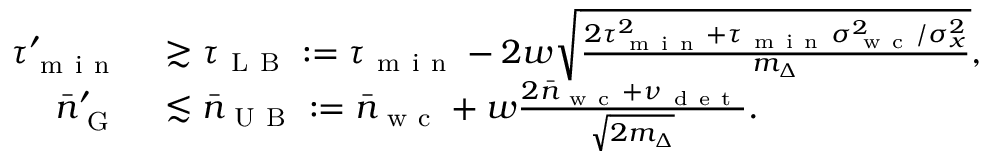
\begin{array} { r l } { \tau _ { \mathrm { ~ m ~ i ~ n ~ } } ^ { \prime } } & { { } \gtrsim \tau _ { \mathrm { ~ L ~ B ~ } } : = \tau _ { \mathrm { ~ m ~ i ~ n ~ } } - 2 w \sqrt { \frac { 2 \tau _ { \mathrm { ~ m ~ i ~ n ~ } } ^ { 2 } + \tau _ { \mathrm { ~ m ~ i ~ n ~ } } \sigma _ { \mathrm { ~ w ~ c ~ } } ^ { 2 } / \sigma _ { x } ^ { 2 } } { m _ { \Delta } } } , } \\ { \bar { n } _ { \mathrm { ~ G ~ } } ^ { \prime } } & { { } \lesssim \bar { n } _ { \mathrm { ~ U ~ B ~ } } : = \bar { n } _ { \mathrm { ~ w ~ c ~ } } + w \frac { 2 \bar { n } _ { \mathrm { ~ w ~ c ~ } } + \nu _ { \mathrm { ~ d ~ e ~ t ~ } } } { \sqrt { 2 m _ { \Delta } } } . } \end{array}